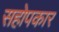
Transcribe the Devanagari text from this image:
सहोपकार